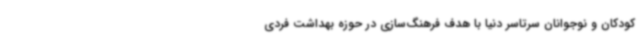
کودکان و نوجوانان سرتاسر دنیا با هدف فرهنگ‌سازی در حوزه بهداشت فردی